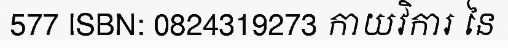
577 ISBN: 0824319273 កាយវិការ នៃ